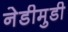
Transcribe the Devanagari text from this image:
नेडीमुडी